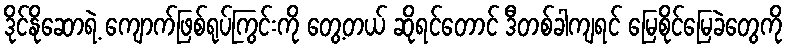
ဒိုင်နိုဆောရဲ့ ကျောက်ဖြစ်ရုပ်ကြွင်းကို တွေ့တယ် ဆိုရင်တောင် ဒီတစ်ခါကျရင် မြေစိုင်မြေခဲတွေကို